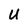
Character: u